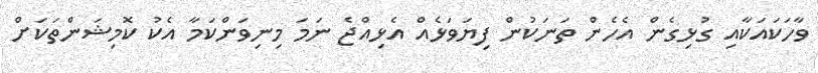
ވާހަކައަކާއި ގުޅިގެން އެހެން ތަނަކުން ފިޔަވަޅެއް އެޅިއްޖެ ނަމަ މިނިވަންކަމާ އެކު ކޮމިޝަންތަކަށް